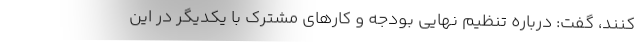
کنند، گفت: درباره تنظیم نهایی بودجه و کارهای مشترک با یکدیگر در این